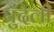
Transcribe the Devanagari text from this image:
बुँदेली